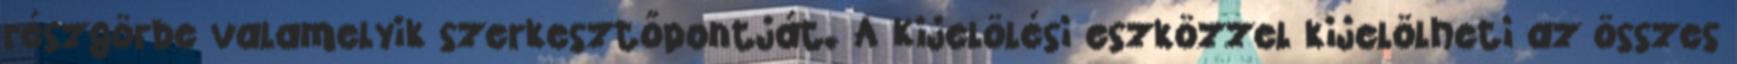
részgörbe valamelyik szerkesztőpontját. A Kijelölési eszközzel kijelölheti az összes